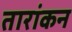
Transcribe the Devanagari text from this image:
तारांकन